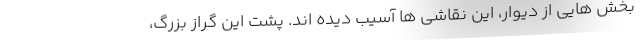
بخش هایی از دیوار، این نقاشی ها آسیب دیده اند. پشت این گراز بزرگ،